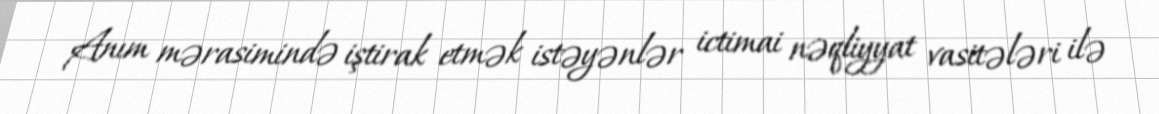
Anım mərasimində iştirak etmək istəyənlər ictimai nəqliyyat vasitələri ilə